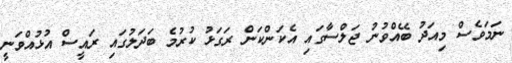
ނަމަވެސް މިއަދު ބޭއްވުނު ޖަލްސާގައި އެކަންކަން ރަގަޅު ކުރުމެ ބަދަލުގައި ރައީސް އުޅުއްވަނީ